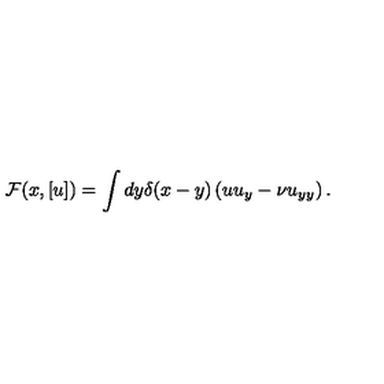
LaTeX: { \cal F } ( x , [ u ] ) = \int d y \delta ( x - y ) \left( u u _ { y } - \nu u _ { y y } \right) .